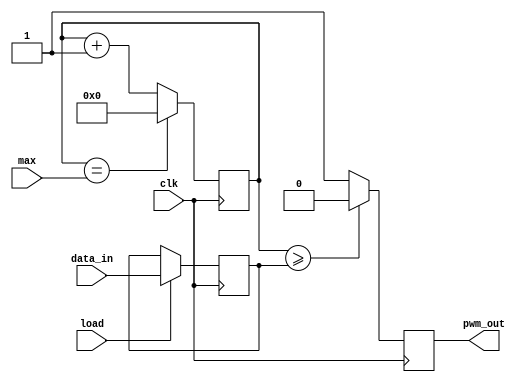
module pwm(clk,data_in,pwm_out,load,max);

input clk;
input [9:0]data_in;
input load;
input [9:0]max;
output pwm_out;

reg [9:0] d;
reg [9:0] count;
reg pwm_out;


always @(posedge clk) begin
if(load==1'b1)
d <= data_in ;

if(count==max) 
count <= 10'b0;
else
count <= count +1'b1;

if (count >= d)
pwm_out <= 1'b0;
else 
pwm_out <= 1'b1; 
end




endmodule